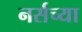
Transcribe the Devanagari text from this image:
नर्सच्या